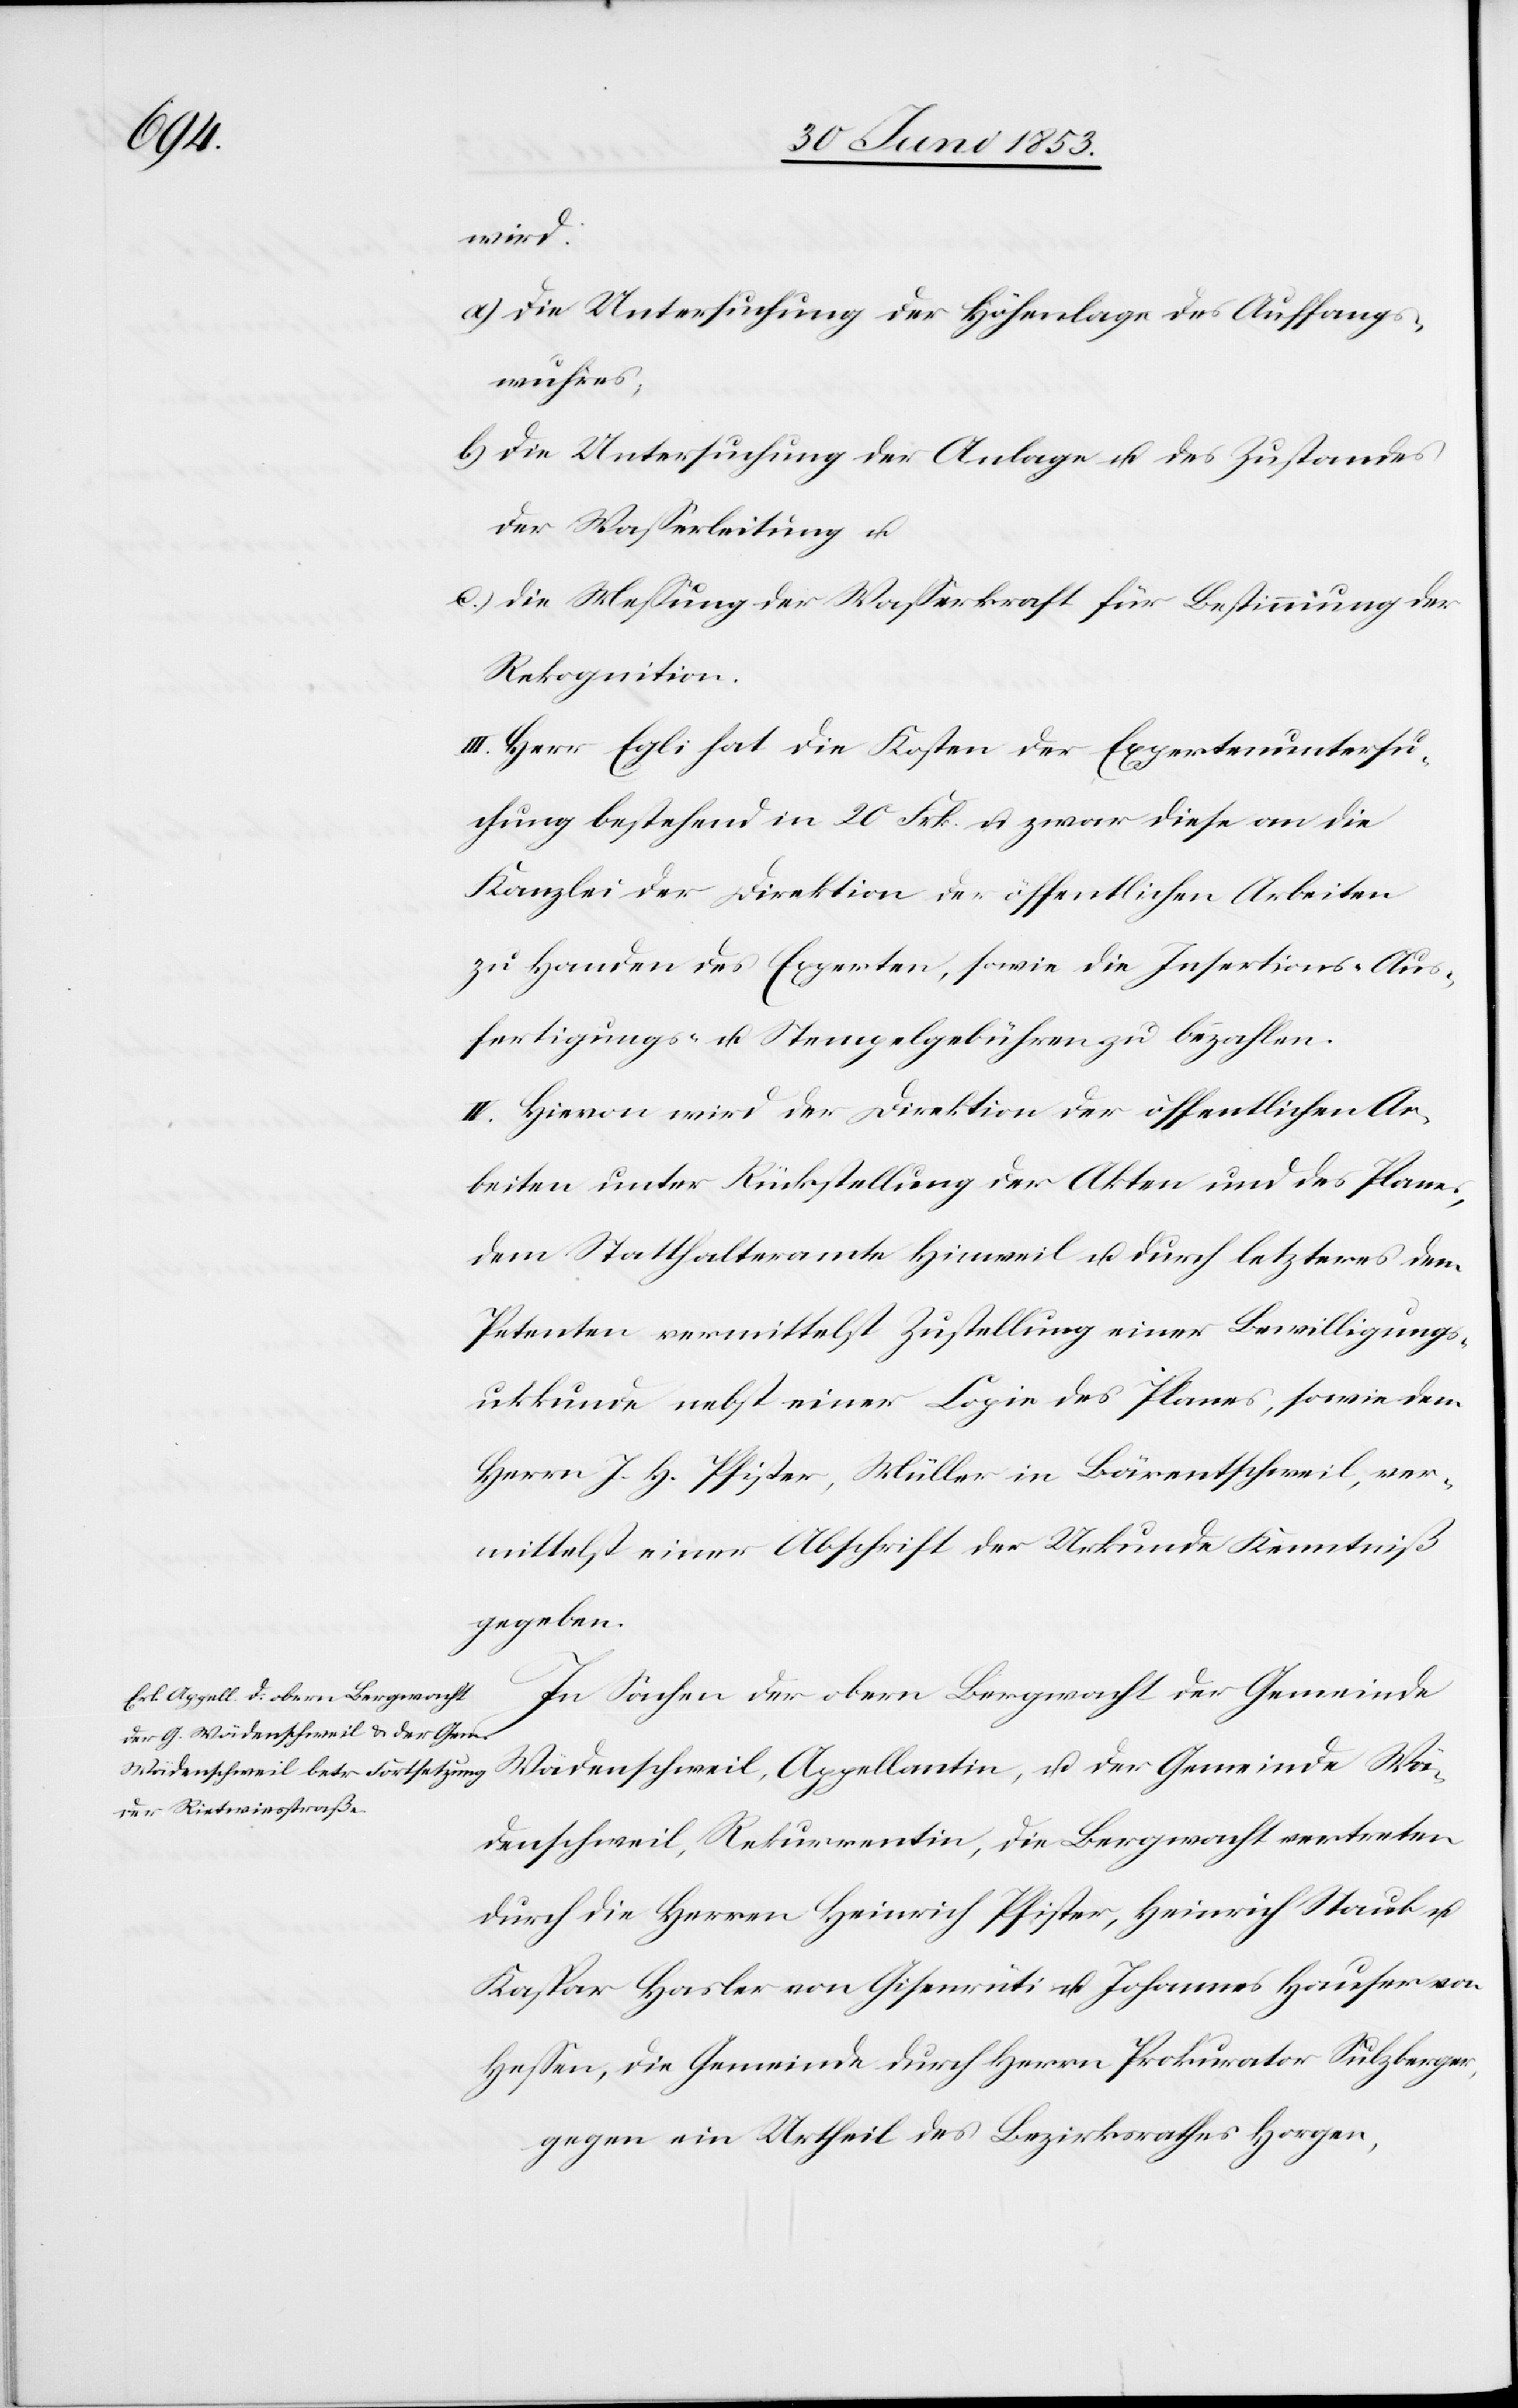
wird:
a) Die Untersuchung der Höhenlage des Auffang¬
wuhres,
b) die Untersuchung der Anlage u. des Zustandes
der Waßerleitung u.
c) die Meßung der Waßerkraft für Bestimmung der
Rekognition.
III. Herr Egli hat die Kosten der Expertenuntersu¬
chung bestehend in 20 Frk. U. zwar diese an die
Kanzlei der Direktion der öffentlichen Arbeiten
zu Handen des Experten, sowie die Insertions- Aus¬
fertigungs- u. Stempelgebühren zu bezahlen.
IV. Hievon wird der Direktion der öffentlichen Ar¬
beiten unter Rückstellung der Akten und des Planes,
dem Statthalteramte Hinweil u. durch letzteres dem
Petenten vermittelst Zustellung einer Bewilligungs¬
urkunde nebst einer Copie des Planes, sowie dem
Herrn J. H. Pfister, Müller in Bärentschweil, ver¬
mittelst einer Abschrift der Urkunde Kenntniß
gegeben.
In Sachen der obern Bergwacht der Gemeinde
Wädenschweil, Appellantin, u. der Gemeinde Wä¬
denschweil, Rekurrentin, die Bergwacht vertreten
durch die Herrn Heinrich Pfister, Heinrich Staub u.
Kaspar Hasler von Gisenrüti u. Johannes Hauser von
Heßen, die Gemeinde durch Herrn Prokurator Sulzberger,
gegen ein Urtheil des Bezirksrathes Horgen,